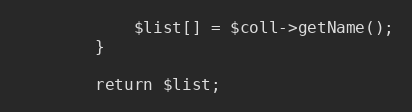
Language: PHP
            $list[] = $coll->getName();
        }

        return $list;